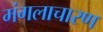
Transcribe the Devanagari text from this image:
मंगलाचारण